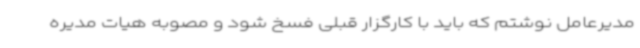
مدیرعامل نوشتم که باید با کارگزار قبلی فسخ شود و مصوبه هیات مدیره